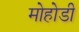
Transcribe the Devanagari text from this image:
मोहोडी